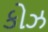
કોઝ